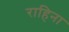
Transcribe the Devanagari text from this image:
राहिना